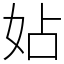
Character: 㚲